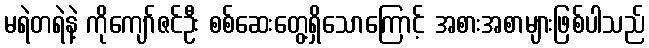
မရဲတရဲနဲ့ ကိုကျော်ဇင်ဦး စစ်ဆေးတွေ့ရှိသောကြောင့် အစားအစာများဖြစ်ပါသည်